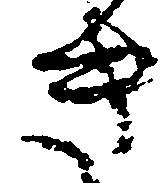
き